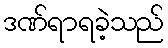
ဒဏ်ရာရခဲ့သည်